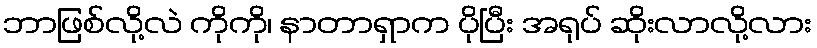
ဘာဖြစ်လို့လဲ ကိုကို၊ နာတာရှာက ပိုပြီး အရုပ် ဆိုးလာလို့လား